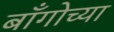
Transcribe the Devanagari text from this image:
बाँगोच्या